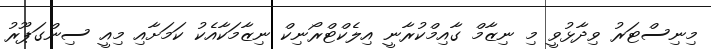
މިނިސްޓަރު ވިދާޅުވީ މި ނިޒާމް ގާއިމްކުރާނީ އިލެކްޓްރޯނިކް ނިޒާމަކާއެކު ކަމަށާއި މިއީ ސިންގަޕޫރު